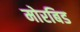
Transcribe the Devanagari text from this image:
मोरबिड